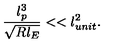
\frac { l _ { p } ^ { 3 } } { \sqrt { R l _ { E } } } < < l _ { u n i t } ^ { 2 } .